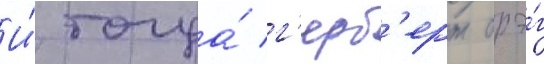
И́ тогда́ г'ерб'ерт брэ́г